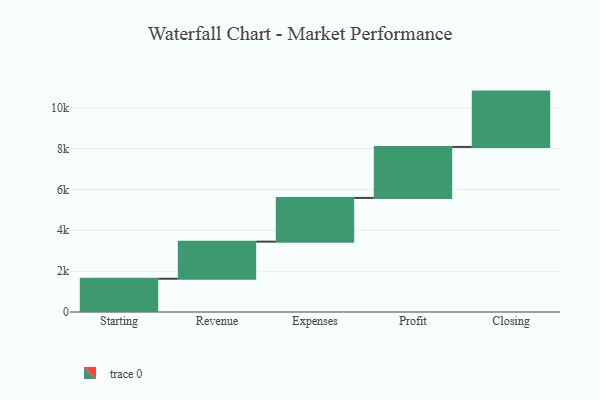
{"axis": {"x": "Step", "y": "Value"}, "legend": [""], "data": [{"x": "Starting", "y": 1628.0, "type": ""}, {"x": "Revenue", "y": 1815.0, "type": ""}, {"x": "Expenses", "y": 2141.0, "type": ""}, {"x": "Profit", "y": 2495.0, "type": ""}, {"x": "Closing", "y": 2708.0, "type": ""}]}